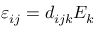
\varepsilon _ { i j } = d _ { i j k } E _ { k }